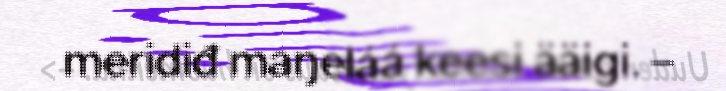
meridiđ maŋeláá keesi ääigi. –